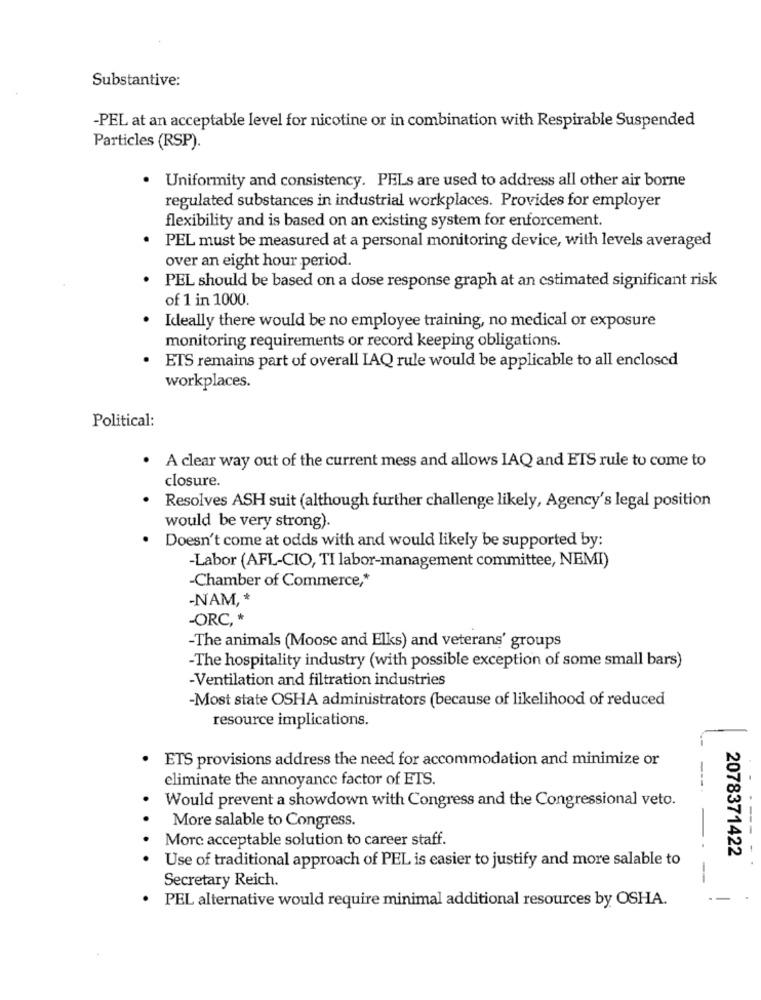
Substantive:
-PEL at an acceptable level for nicotine or in combination with Respirable Suspended
Particles (RSP).
Uniformity and consistency. PELs are used to address all other air borne
regulated substances in industrial workplaces. Provides for employer
flexibility and is based on an existing system for enforcement.
PEL must be measured at a personal monitoring device, with levels averaged
over an eight hour period.
PEL should be based on a dose response graph at an estimated significant risk
of 1 in 1000.
Ideally there would be no employee training, no medical or exposure
monitoring requirements or record keeping obligations.
ETS remains part of overall IAQ rule would be applicable to all enclosed
workplaces.
Political:
A clear way out of the current mess and allows IAQ and ETS rule to come to
closure.
Resolves ASH suit (although further challenge likely, Agency's legal position
would be very strong).
Doesn't come at odds with and would likely be supported by:
-Labor (AFL-CIO, TI labor-management committee, NEMI)
-Chamber of Commerce ,*
-NAM, *
-ORC, *
-The animals (Moose and Elks) and veterans' groups
-The hospitality industry (with possible exception of some small bars)
-Ventilation and filtration industries
-Most state OSHA administrators (because of likelihood of reduced
resource implications.
ETS provisions address the need for accommodation and minimize or
eliminate the annoyance factor of ETS.
Would prevent a showdown with Congress and the Congressional veto.
More salable to Congress.
More acceptable solution to career staff.
--- -
Use of traditional approach of PEL is easier to justify and more salable to
2078371422
Secretary Reich.
-
PEL alternative would require minimal additional resources by OSHA.